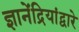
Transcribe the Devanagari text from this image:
ज्ञानेंद्रियांद्वारे